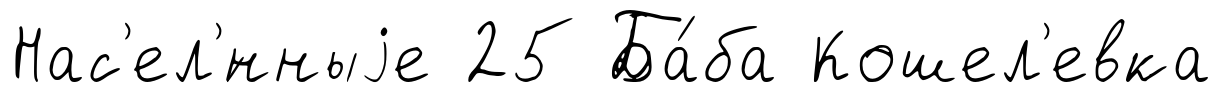
Нас'ел'́нныjе 25 Ба́ба Кошел'евка